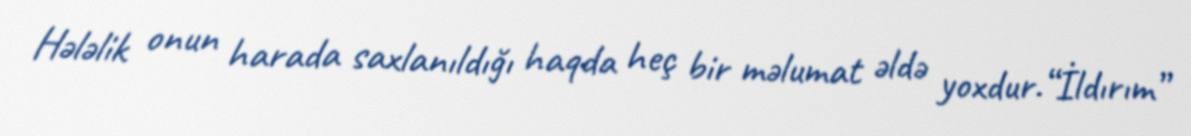
Hələlik onun harada saxlanıldığı haqda heç bir məlumat əldə yoxdur.“İldırım”